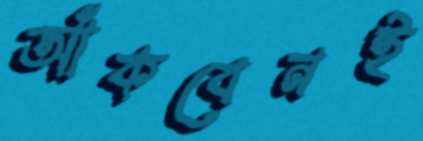
আঁকবেনই